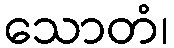
သောတံ၊